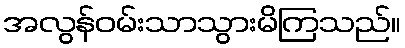
အလွန်ဝမ်းသာသွားမိကြသည်။